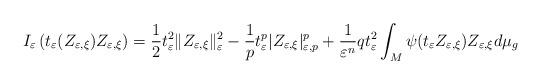
LaTeX: \begin{align*}I_{\varepsilon}\left(t_{\varepsilon}(Z_{\varepsilon,\xi})Z_{\varepsilon,\xi}\right)=\frac{1}{2}t_{\varepsilon}^{2}\|Z_{\varepsilon,\xi}\|_{\varepsilon}^{2}-\frac{1}{p}t_{\varepsilon}^{p}|Z_{\varepsilon,\xi}|_{\varepsilon,p}^{p}+\frac{1}{\varepsilon^{n}}qt_{\varepsilon}^{2}\int_{M}\psi(t_{\varepsilon}Z_{\varepsilon,\xi})Z_{\varepsilon,\xi}d\mu_{g}\end{align*}